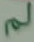
لم